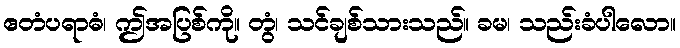
ဧတံပရာဓံ၊ ဤအပြစ်ကို။ တွံ၊ သင်ချစ်သားသည်။ ခမ၊ သည်းခံပါလော။